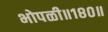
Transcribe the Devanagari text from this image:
भोपळी॥१८०॥